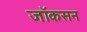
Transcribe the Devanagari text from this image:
जॉकसन